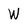
Character: W